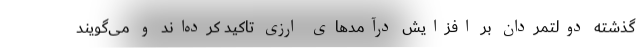
گذشته دولتمردان بر افزایش درآمدهای ارزی تاکید کرده‌اند و می‌گویند